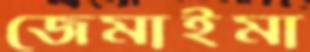
জেমাইমা